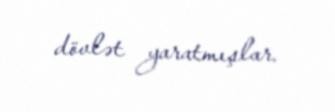
dövlət yaratmışlar.